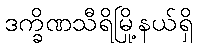
ဒက္ခိဏသီရိမြို့နယ်ရှိ